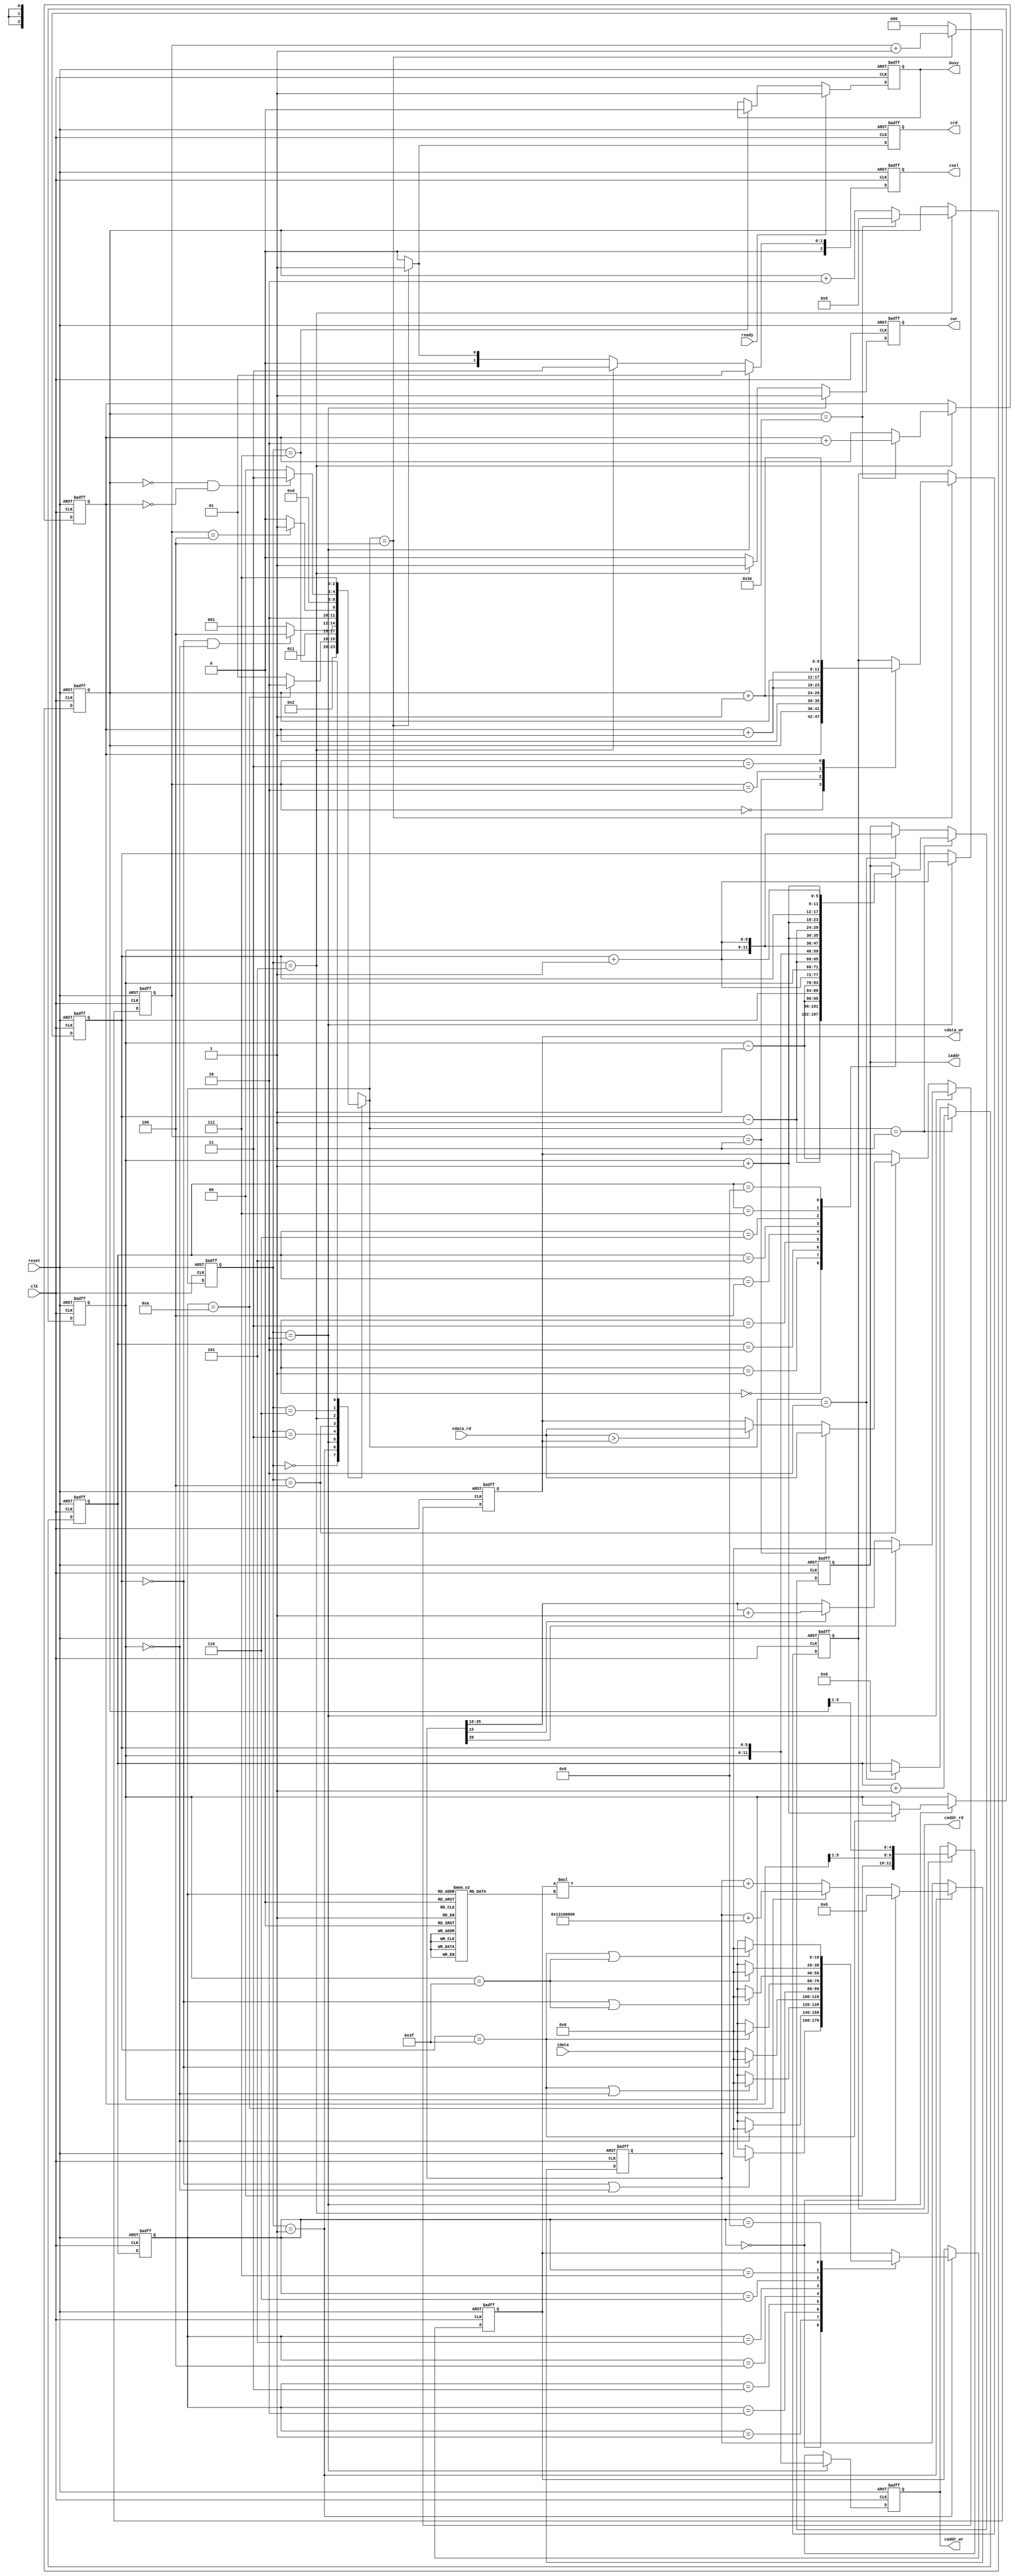
module  CONV(
	input			clk,
	input			reset,
	output reg		busy,	
	input			ready,				
	output reg[11:0]	iaddr,
	input signed[19:0]		idata,	
	output reg 	 	cwr,
	output reg[11:0] 	caddr_wr,
	output reg[19:0] 	cdata_wr,	
	output reg	 	crd,
	output reg[11:0]	caddr_rd,
	input	[19:0]		cdata_rd,
	output reg[2:0] 	csel
	);
//================================================================
//  Wires & Registers 
//================================================================
reg [5:0] x, y, L1_x, L1_y;
wire signed [39:0] bias;
assign bias = 40'h0013100000;

wire signed [19:0] conv_result;

reg [3:0] counter_data, counter_addr;
reg [2:0] counter_layer1;

reg [2:0] cur_state, nx_state;

//================================================================
//  integer / genvar / parameters
//================================================================

//cur_state
parameter STATE_IDLE = 3'd0, STATE_INPUT = 3'd1, STATE_L0_MEM = 3'd2, STATE_DELAY_CLK = 3'd3, STATE_READ_L0_MEM = 3'd4;
parameter STATE_L1_MEM = 3'd5, STATE_DELAY_CLK_2 = 3'd6, STATE_FINISH = 3'd7;
// csel cur_state 
parameter NOSEL = 3'b000, LAYER_0 = 3'b001, LAYER_1 = 3'b011;

//================================================================
//  iaddr 
//================================================================

always@( posedge clk or posedge reset ) begin
	if( reset ) iaddr <= 12'd0;
	else if( nx_state == STATE_INPUT ) begin
		case( counter_addr )
		4'd0: iaddr <= {y - 6'd1,x - 6'd1};
		4'd1: iaddr <= {y - 6'd1,x};
		4'd2: iaddr <= {y - 6'd1,x + 6'd1};
		4'd3: iaddr <= {y,x - 6'd1};
		4'd4: iaddr <= {y,x};
		4'd5: iaddr <= {y,x + 6'd1};
		4'd6: iaddr <= {y + 6'd1,x - 6'd1};
		4'd7: iaddr <= {y + 6'd1,x};
		4'd8: iaddr <= {y + 6'd1,x + 6'd1};
		endcase
	end
	else if( nx_state == STATE_L0_MEM ) iaddr <= {y,x+6'd1};
end

//================================================================
//  x && y 
//================================================================
always@( posedge clk or posedge reset ) begin
	if( reset ) begin
		x <= 6'd0; y <= 6'd0;
	end
	else if( cur_state == STATE_L0_MEM ) begin
		x <= x + 6'd1; y <= ( x== 6'd63 )? y + 6'd1 : y;
	end
end

//================================================================
//  L1_x && L1_y
//================================================================
always@( posedge clk or posedge reset ) begin
	if( reset )  begin
		L1_x <= 6'd0; L1_y <= 6'd0;
	end
	else if( cur_state == STATE_L1_MEM  ) begin
		L1_x <= ( L1_x == 6'd62 )? 6'd0 : L1_x + 6'd2; L1_y <= ( L1_x == 6'd62 )? L1_y + 6'd2 : L1_y;	
	end
end

//================================================================
// INPUT
//================================================================
parameter Kernel_0 = 20'h0A89E,
		  Kernel_1 = 20'h092D5,
		  Kernel_2 = 20'h06D43,
		  Kernel_3 = 20'h01004,
		  Kernel_4 = 20'hF8F71,
		  Kernel_5 = 20'hF6E54,
		  Kernel_6 = 20'hFA6D7,
		  Kernel_7 = 20'hFC834,
		  Kernel_8 = 20'hFAC19;

reg signed [19:0] Kernel;	
	  
always@( * )
begin
	case( counter_data )
	4'd1: Kernel = Kernel_0;
	4'd2: Kernel = Kernel_1;
	4'd3: Kernel = Kernel_2;
	4'd4: Kernel = Kernel_3;
	4'd5: Kernel = Kernel_4;
	4'd6: Kernel = Kernel_5;
	4'd7: Kernel = Kernel_6;
	4'd8: Kernel = Kernel_7;
	4'd9: Kernel = Kernel_8;
	default: Kernel = 20'd0;
	endcase
end

wire signed [39:0] data_conv;
reg signed [39:0] data_conv_sum;
reg signed [19:0] idata_tmp;
assign data_conv = idata_tmp * Kernel;
 
//================================================================
//  data_conv_sum && idata_tmp
//================================================================ 
always@( posedge clk or posedge reset ) begin
	if( reset ) idata_tmp <= 0;
	else if( cur_state == STATE_INPUT ) begin
		case( counter_data )
		4'd0: idata_tmp <= ( x == 6'd0 || y == 6'd0 )? 0 : idata;
		4'd1: idata_tmp <= ( y == 6'd0 )? 0: idata;
		4'd2: idata_tmp <= ( x == 6'd63 || y == 6'd0 )? 0: idata;	
		4'd3: idata_tmp <= ( x == 6'd0 )? 0: idata;
		4'd4: idata_tmp <= idata;
		4'd5: idata_tmp <= ( x == 6'd63 )? 0: idata;
		4'd6: idata_tmp <= ( x == 6'd0 || y == 6'd63 )? 0: idata;
		4'd7: idata_tmp <= ( y == 6'd63 )? 0: idata;
		4'd8: idata_tmp <= ( x == 6'd63 || y == 6'd63 )? 0: idata;
		endcase
	end 
end

always@( posedge clk or posedge reset ) begin
	if( reset ) data_conv_sum <= 40'd0;
	else if( cur_state == STATE_INPUT ) begin
		if( counter_data == 0 ) data_conv_sum <= 40'd0;
		else if( counter_data == 10 ) data_conv_sum <= data_conv_sum + bias;
		else data_conv_sum <= data_conv_sum + data_conv;
	end
end

//================================================================
//  cwr
//================================================================ 
always@( posedge clk or posedge reset ) begin
	if( reset ) cwr <= 1'd0;
	else if( cur_state == STATE_L0_MEM ) cwr <= 1'd1;
	else if( cur_state == STATE_L1_MEM ) cwr <= 1'd1;
	else cwr <= 1'd0;
end

//================================================================
//  crd
//================================================================ 
always@( posedge clk or posedge reset ) begin
	if( reset ) crd <= 1'd0;
	else if( nx_state == STATE_READ_L0_MEM ) crd <= 1'd1;
	else crd <= 1'd0;
end

//================================================================
//  caddr_rd
//================================================================ 

always@( posedge clk or posedge reset ) begin
	if( reset ) caddr_rd <= 12'd0;
	else if( nx_state == STATE_READ_L0_MEM )  begin
		case( counter_layer1 )
		3'd0: caddr_rd <= {L1_y,L1_x};
		3'd1: caddr_rd <= {L1_y,L1_x+6'd1};
		3'd2: caddr_rd <= {L1_y+6'd1,L1_x};
		3'd3: caddr_rd <= {L1_y+1'd1,L1_x+6'd1};
		endcase 
	end
end

//================================================================
//  caddr_wr
//================================================================ 
always@( posedge clk or posedge reset ) begin
	if( reset ) caddr_wr <= 12'd0;
	else if( cur_state == STATE_L0_MEM ) caddr_wr <= {y,x};
	else if( cur_state == STATE_L1_MEM ) caddr_wr <= {L1_y[5:1],L1_x[5:1]};
end

//================================================================
//  cdata_wr
//================================================================ 
assign conv_result = ( data_conv_sum[15] )? {data_conv_sum[35:16]} + 20'd1 : {data_conv_sum[35:16]}  ;

always@( posedge clk or posedge reset ) begin
	if( reset ) cdata_wr <= 20'd0;
	else if( cur_state == STATE_L0_MEM ) cdata_wr <= ( data_conv_sum[39] )? 20'd0 : conv_result;
	else if( cur_state == STATE_READ_L0_MEM ) begin
		if( counter_layer1 == 3'd1 ) cdata_wr <= cdata_rd;
		else cdata_wr <= ( cdata_rd > cdata_wr )? cdata_rd: cdata_wr; 
	end
end

//================================================================
//  counter_addr
//================================================================ 
always@( posedge clk or posedge reset ) begin
	if( reset ) counter_addr <= 4'd0;
	else if( nx_state == STATE_INPUT ) counter_addr <= counter_addr + 4'd1;
	else if( nx_state == STATE_L0_MEM ) counter_addr <= 4'd0;
end

//================================================================
//  counter_data
//================================================================ 
always@( posedge clk or posedge reset ) begin
	if( reset ) counter_data <= 4'd0;
	else counter_data <= counter_addr;
end

//================================================================
//  counter_layer1
//================================================================ 
always@( posedge clk or posedge reset ) begin
	if( reset ) counter_layer1 <= 3'd0;
	else if( nx_state == STATE_READ_L0_MEM ) counter_layer1 <= counter_layer1 + 3'd1;
	else counter_layer1 <= 3'd0;
end

//================================================================
//  busy 
//================================================================
always@( posedge clk or posedge reset )  begin
	if( reset ) busy <= 1'd0;
	else if( ready ) busy <= 1'd1; 
	else if( cur_state == STATE_FINISH ) busy <= 1'd0;
end

//================================================================
//  csel
//================================================================
always@( posedge clk or posedge reset ) begin
	if( reset ) csel <= NOSEL;
	else if( cur_state == STATE_L0_MEM ) csel <= LAYER_0;
	else if( cur_state == STATE_L1_MEM ) csel <= LAYER_1;
	else if( nx_state == STATE_READ_L0_MEM ) csel <= LAYER_0;
	else csel <= NOSEL;
end

//================================================================
//  FSM
//================================================================
always@( posedge clk or posedge reset ) begin
	if( reset ) cur_state <= STATE_IDLE;
	else cur_state <= nx_state;
end

always@( * ) begin
	case( cur_state )
	STATE_IDLE: 		nx_state = STATE_INPUT;
	STATE_INPUT: 		nx_state = ( counter_data == 4'd10 )? STATE_L0_MEM : STATE_INPUT ;
	STATE_L0_MEM:		nx_state = STATE_DELAY_CLK;
	STATE_DELAY_CLK: 	nx_state = ( x == 6'd0 && y == 6'd0 )? STATE_READ_L0_MEM : STATE_INPUT;
	STATE_READ_L0_MEM: 	nx_state = ( counter_layer1 == 3'd4 )? STATE_L1_MEM : STATE_READ_L0_MEM ;
	STATE_L1_MEM: 		nx_state = STATE_DELAY_CLK_2;
	STATE_DELAY_CLK_2: 	nx_state = ( L1_x == 6'd0 && L1_y == 6'd0 )? STATE_FINISH : STATE_READ_L0_MEM;
	STATE_FINISH: 		nx_state = STATE_FINISH;
	default: 			nx_state = STATE_IDLE;
	endcase
end

endmodule